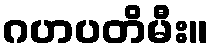
ဂဟပတိမီး။